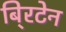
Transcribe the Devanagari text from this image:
बि्रटेन